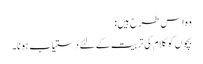
وہ اس طرح ہیں:
بچوں کو کلام کی تربیت کے لئے دستیاب ہونا۔